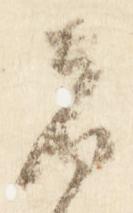
者